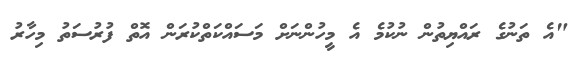
"އެ ތަނުގެ ރައްޔިތުން ނުކުމެ އެ މީހުންނަށް މަސައްކަތްކުރަން އޮތް ފުރުސަތު މިހާރު